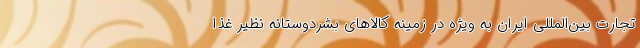
تجارت بین‌المللی ایران به ویژه در زمینه کالاهای بشردوستانه نظیر غذا